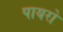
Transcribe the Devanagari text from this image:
पायरो